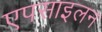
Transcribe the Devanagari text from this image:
एपसाइलन